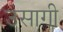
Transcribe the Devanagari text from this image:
उसागी